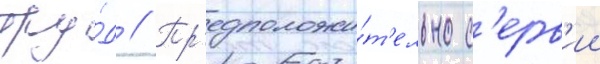
тру́д // Пр'едположи́т'ельно с'ерв'ии